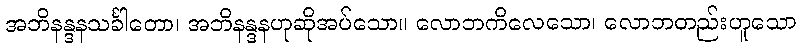
အဘိနန္ဒနသင်္ခါတော၊ အဘိနန္ဒနဟုဆိုအပ်သော။ လောဘကိလေသော၊ လောဘတည်းဟူသော